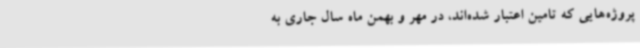
پروژه‌هایی که تامین اعتبار شده‌اند، در مهر و بهمن ماه سال جاری به